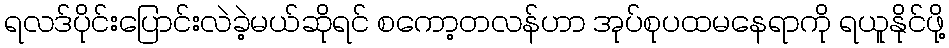
ရလဒ်ပိုင်းပြောင်းလဲခဲ့မယ်ဆိုရင် စကော့တလန်ဟာ အုပ်စုပထမနေရာကို ရယူနိုင်ဖို့